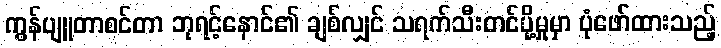
ကွန်ပျူတာစင်တာ ဘုရင့်နောင်၏ ချစ်လျှင် သရက်သီးတင်ပို့မှုမှာ ပုံဖော်ထားသည့်